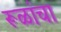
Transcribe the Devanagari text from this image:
रूळांचा